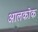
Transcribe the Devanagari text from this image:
आलकोक